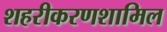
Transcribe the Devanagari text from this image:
शहरीकरणशामिल